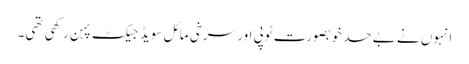
انہوں نے بےحد خوبصورت ٹوپی اور سرخی مائل سویڈ جیکٹ پہن رکھی تھی۔